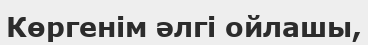
Көргенім әлгі ойлашы,